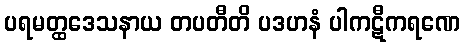
ပရမတ္ထဒေသနာယ တပတီတိ ပဒဟနံ ပါကဋီကရဏေ